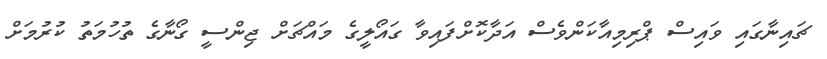
ޗައިނާގައި ވައިސް ޕްރިމިއާކަންވެސް އަދާކޮށްފައިވާ ގައޯލީގެ މައްޗަށް ޖިންސީ ގޯނާގެ ތުހުމަތު ކުރުމަށް